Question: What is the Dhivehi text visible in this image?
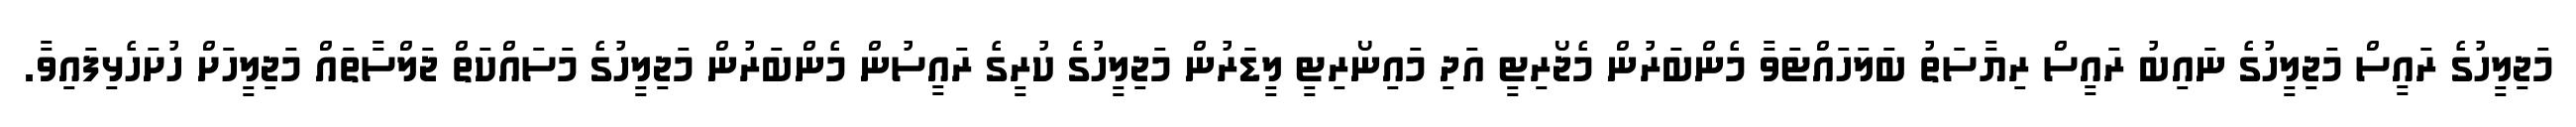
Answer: މަޖިލީހުގެ ރައީސް މަޖިލީހުގެ ނައިބު ރައީސް ރިޔާސަތު ބަލަހައްޓަވާ މެންބަރުން މެޖޯރިޓީ އަދި މައިނޯރިޓީ ލީޑަރުން މަޖިލީހުގެ ކުރީގެ ރައީސުން މެންބަރުން މަޖިލީހުގެ މަސައްކަތް ޖަލްސާތައް މަޖިލީހަށް ހުށަހެޅިފައިވާ.